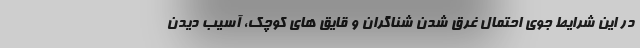
در این شرایط جوی احتمال غرق شدن شناگران و قایق های کوچک، آسیب دیدن